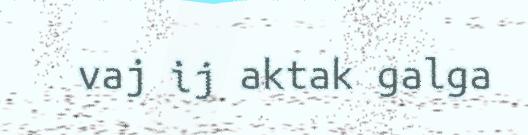
vaj ij aktak galga